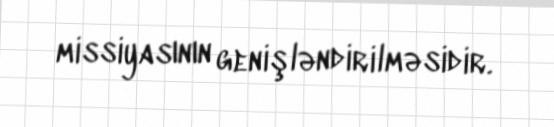
missiyasının genişləndirilməsidir.